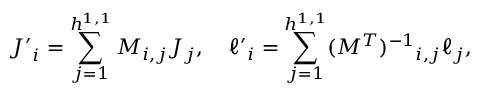
{ J ^ { \prime } } _ { i } = \sum _ { j = 1 } ^ { h ^ { 1 , 1 } } M _ { i , j } J _ { j } , \quad { \ell ^ { \prime } } _ { i } = \sum _ { j = 1 } ^ { h ^ { 1 , 1 } } ( M ^ { T } ) ^ { - 1 } { } _ { i , j } \ell _ { j } ,